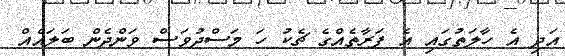
އަދި އެ ހާލަތުގައި އެ ފަރާތެއްގެ ޗެކު ހަ މަސްދުވަސް ވަންދެން ބަލައެއް